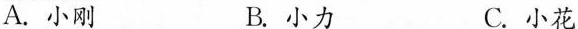
A. 小刚 B. 小力 C. 小花